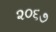
૨૦૬૭